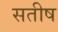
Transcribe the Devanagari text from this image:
सतीष